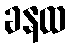
ခနထ